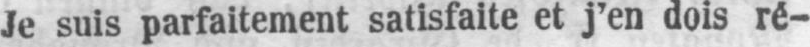
Je suis parfaitement satisfaite et j’en dois ré-